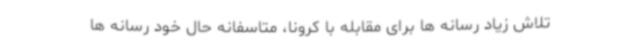
تلاش زیاد رسانه ها برای مقابله با کرونا، متاسفانه حال خود رسانه ها